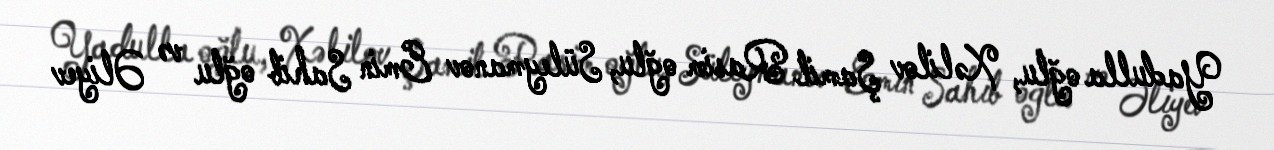
Yadulla oğlu, Xəlilov Şamil Rasim oğlu, Süleymanov Emin Sahib oğlu və Əliyev